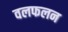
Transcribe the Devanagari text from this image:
वलफलन